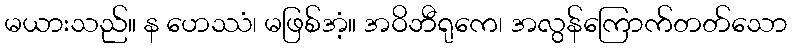
မယားသည်။ န ဟေဿံ၊ မဖြစ်အံ့။ အဝိဘီရုကေ၊ အလွန်ကြောက်တတ်သော